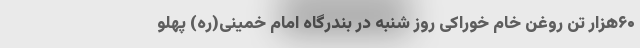
۶۰هزار تن روغن خام خوراکی روز شنبه در بندرگاه امام خمینی(ره) پهلو